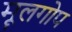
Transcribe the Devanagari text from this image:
मूलगोप